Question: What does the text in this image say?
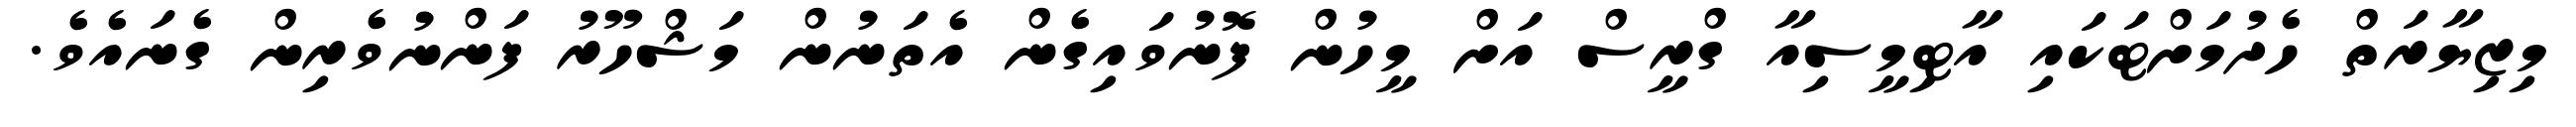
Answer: މިޒިޔާރަތް ހެދުމަށްޓަކައި އާޓިމީސިއާ ގްރީސް އަށް މީހުން ފޮނުވައިގެން އެތަނުން މަޝްހޫރު ފަންނުވެރިން ގެނައެވެ.